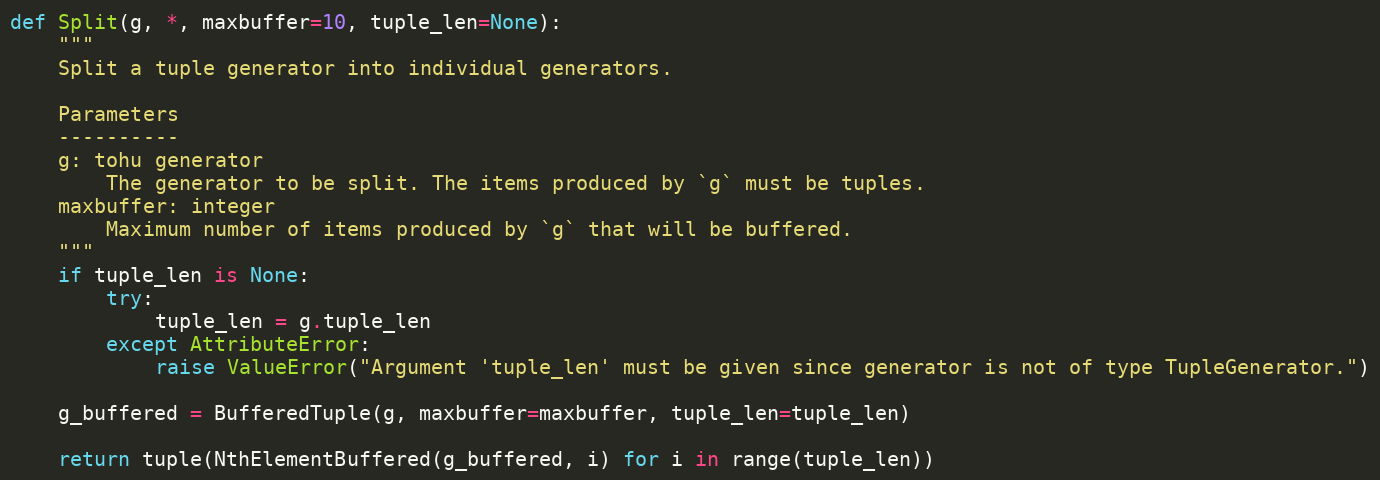
Language: Python
def Split(g, *, maxbuffer=10, tuple_len=None):
    """
    Split a tuple generator into individual generators.

    Parameters
    ----------
    g: tohu generator
        The generator to be split. The items produced by `g` must be tuples.
    maxbuffer: integer
        Maximum number of items produced by `g` that will be buffered.
    """
    if tuple_len is None:
        try:
            tuple_len = g.tuple_len
        except AttributeError:
            raise ValueError("Argument 'tuple_len' must be given since generator is not of type TupleGenerator.")

    g_buffered = BufferedTuple(g, maxbuffer=maxbuffer, tuple_len=tuple_len)

    return tuple(NthElementBuffered(g_buffered, i) for i in range(tuple_len))